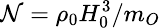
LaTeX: \small{\mathcal{N}}=\rho_{0}H_{0}^{3}/m_{O}